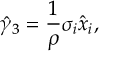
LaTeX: \hat { \gamma } _ { 3 } = \frac { 1 } { \rho } \sigma _ { i } \hat { x } _ { i } ,